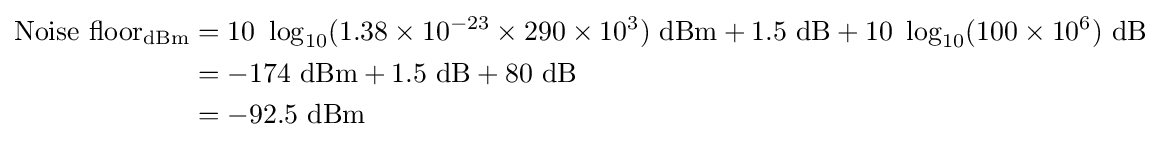
{\begin{aligned}{\text{Noise floor}}_{\textrm {dBm}}&=10\ \log _{10}(1.38\times 10^{-23}\times 290\times 10^{3})\ {\textrm {dBm}}+1.5\ {\textrm {dB}}+10\ \log _{10}(100\times 10^{6})\ {\textrm {dB}}\\&=-174\ {\textrm {dBm}}+1.5\ {\textrm {dB}}+80\ {\textrm {dB}}\\&=-92.5\ {\textrm {dBm}}\end{aligned}}